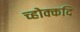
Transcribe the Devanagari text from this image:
च्होक्कदि